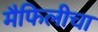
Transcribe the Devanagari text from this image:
मैफिलीचा